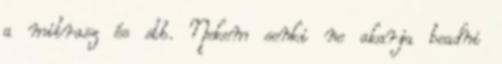
a mitrasz és stb. Nekem senki ne akarja beadni